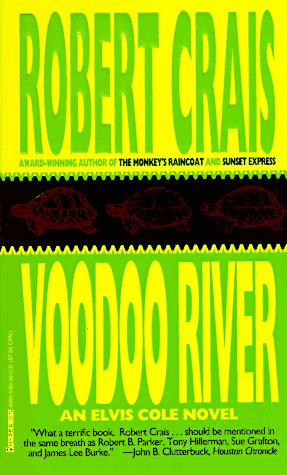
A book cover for Voodoo River (Elvis Cole Novels); Robert Crais; Mystery, Thriller & Suspense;